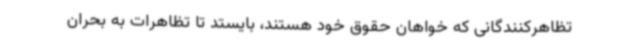
تظاهرکنندگانی که خواهان حقوق خود هستند، بایستد تا تظاهرات به بحران